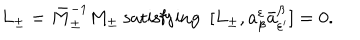
L _ { \pm } = \bar { M } _ { \pm } ^ { - 1 } M _ { \pm } \ \mathrm { s a t i s f y i n g } \ \ [ L _ { \pm } , a _ { \beta } ^ { \varepsilon } \bar { a } _ { \varepsilon ^ { \prime } } ^ { \beta } ] = 0 .